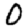
Digit: 0